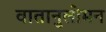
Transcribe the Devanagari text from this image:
वातानुलोमन